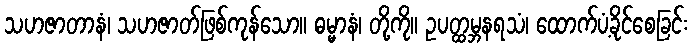
သဟဇာတာနံ၊ သဟဇာတ်ဖြစ်ကုန်သော။ ဓမ္မာနံ၊ တို့ကို။ ဥပတ္ထမ္ဘနရသံ၊ ထောက်ပံ့ခိုင်စေခြင်း